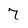
Character: 7